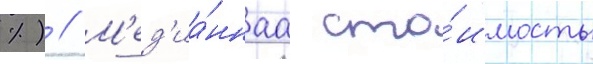
%) // М'ед'иа́ннаа сто́имость